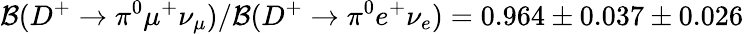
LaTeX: {\mathcal B}(D^{+}\to\pi^{0}\mu^{+}\nu_{\mu})/{\mathcal B}(D^{+}\to\pi^{0}e^{+}\nu_{e})=0.964\pm 0.037\pm 0.026